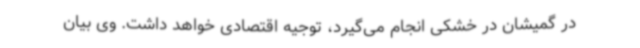
در گمیشان در خشکی انجام می‌گیرد، توجیه اقتصادی خواهد داشت. وی بیان